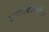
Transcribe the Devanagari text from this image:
उत्पादकांमधील